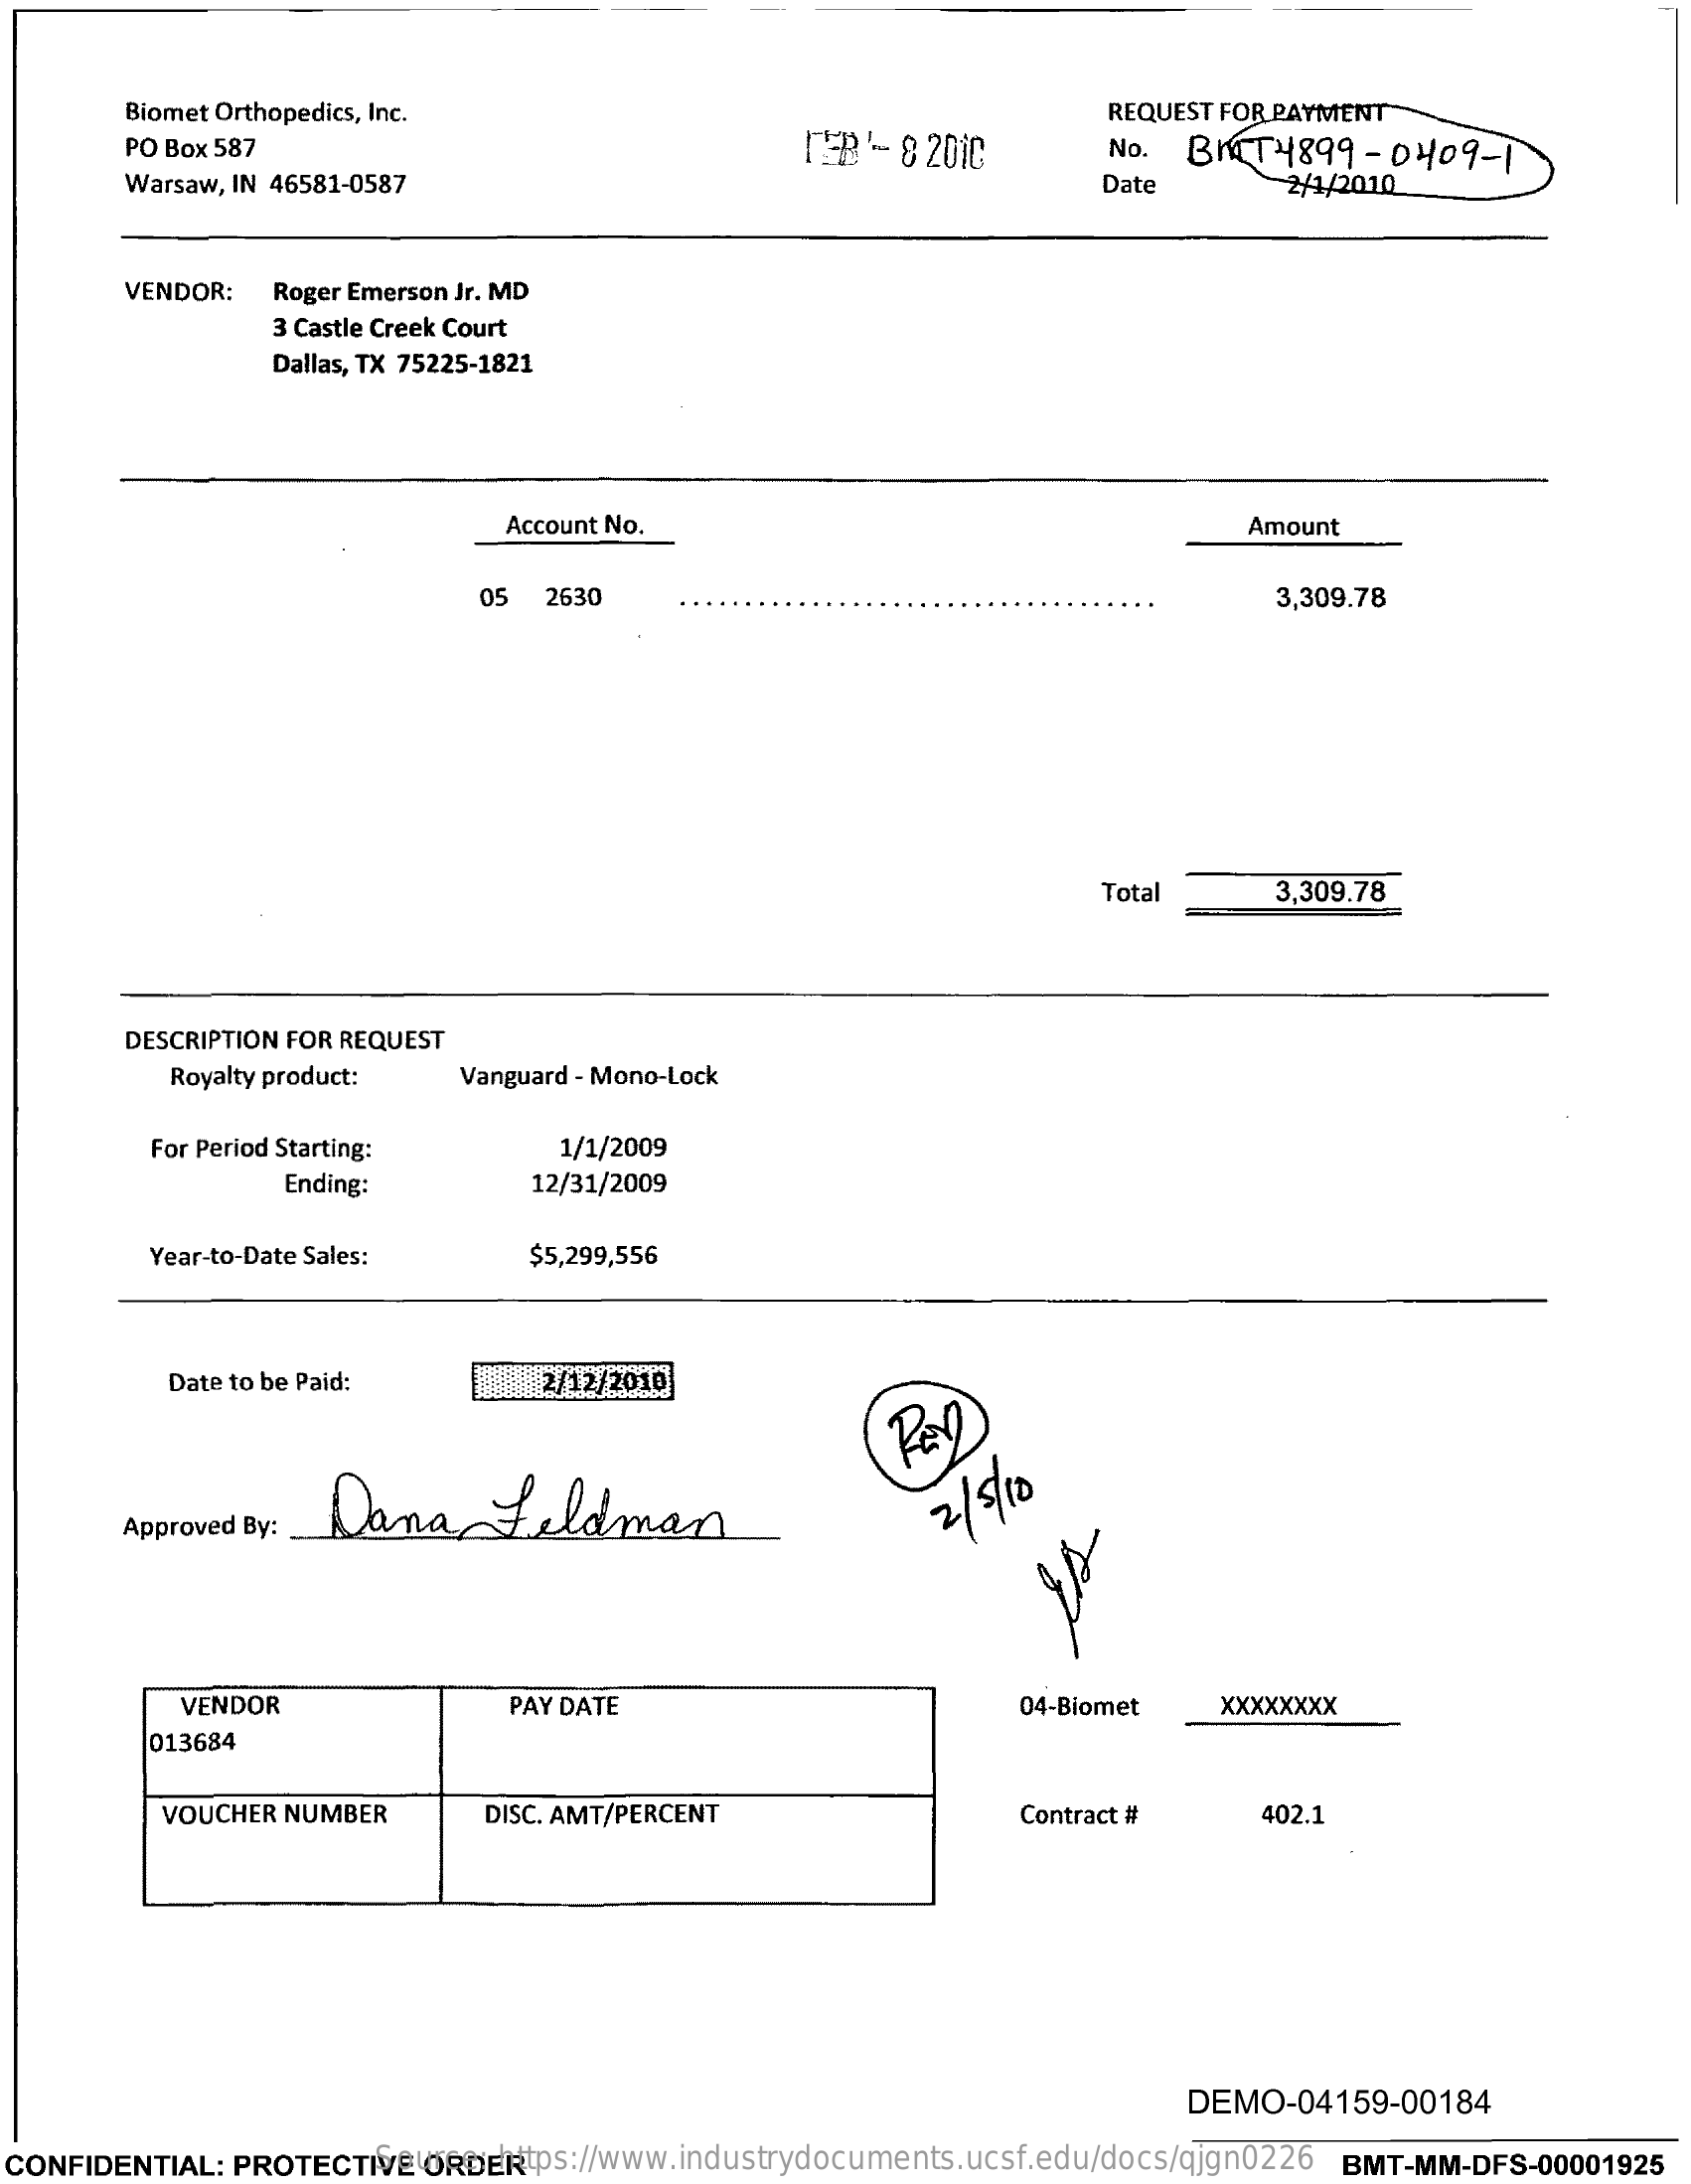
Biomet Orthopedics, Inc.
     PO Box 587    MEB-  82010
     REQUEST FOR PAYMENT
     No.  BRT4899-    0409  -1
     Warsaw, IN 46581-0587    Date    2/1/2010
     VENDOR:   Roger Emerson Jr. MD
     3 Castle Creek Court
     Dallas, TX 75225-1821
     Account No.    Amount
     05  2630    3,309.78
     Total    3,309.78
     DESCRIPTION FOR REQUEST
     Royalty product:   Vanguard - Mono-Lock
     For Period Starting:    1/1/2009
     Ending:    12/31/2009
     Year-to-Date Sales:    $5,299,556
     Date to be Paid:    2/12/2010
     Dana    feldman
     Approved By:    2 / 5/10
     VENDOR    PAY DATE    04-Biomet    xxxxXXXX
     013684
     VOUCHER NUMBER    DISC. AMT/PERCENT    Contract #    402.1
     DEMO-04159-00184
  CONFIDENTIAL: PROTECTIVE ORDER Source: https://www.industrydocuments.ucsf.edu/docs/qjgn0226 BMT-MM-DFS-00001925